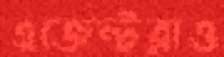
এজেন্টরাও